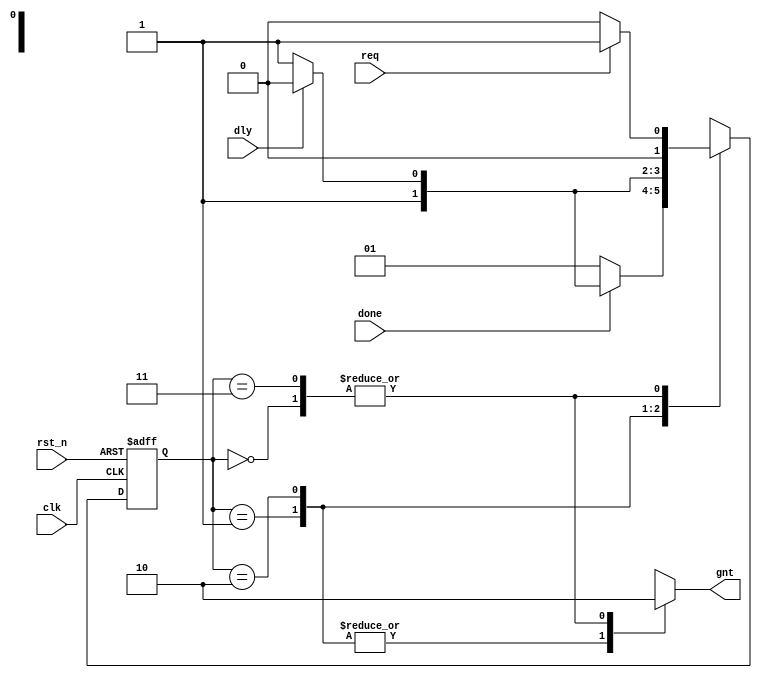
module fsm_cc4_2
(output reg gnt,
input dly, done, req, clk, rst_n);
parameter [1:0] IDLE = 2'b00,
BBUSY = 2'b01,
BWAIT = 2'b10,
BFREE = 2'b11;
reg [1:0] state, next;
always @(posedge clk or negedge rst_n)
if (!rst_n) state <= IDLE;
else state <= next;
//always @(state or dly or done or req) 
always @* // Puede usarse para bloques combinacionales
begin
next = 2'bx;
gnt = 1'b0;
case (state)
IDLE : if (req) next = BBUSY;
else next = IDLE;
BBUSY: begin
gnt = 1'b1;
if (!done) next = BBUSY;
else if ( dly) next = BWAIT;
else next = BFREE;
end
BWAIT: begin
gnt = 1'b1;
if (!dly) next = BFREE;
else next = BWAIT;
end
BFREE: if (req) next = BBUSY;
else next = IDLE;
endcase
end
endmodule